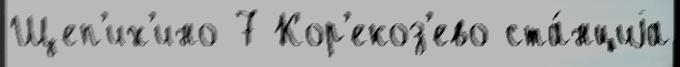
Щеп'их'ино 7 Кор'екоз'ево ста́нциjа